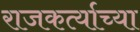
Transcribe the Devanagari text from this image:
राजकर्त्याच्या